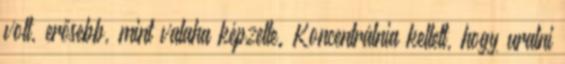
volt, erősebb, mint valaha képzelte. Koncentrálnia kellett, hogy uralni